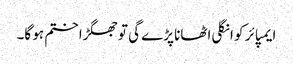
ایمپائر کو انگلی اٹھانا پڑے گی تو جھگڑا ختم ہو گا۔